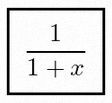
\frac{1}{1+x}